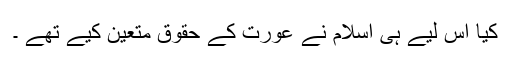
کیا اس لیے ہی اسلام نے عورت کے حقوق متعین کیے تھے ۔